Vaccination in Bombay 1889-1901 - 1889-1901
Year: 1889
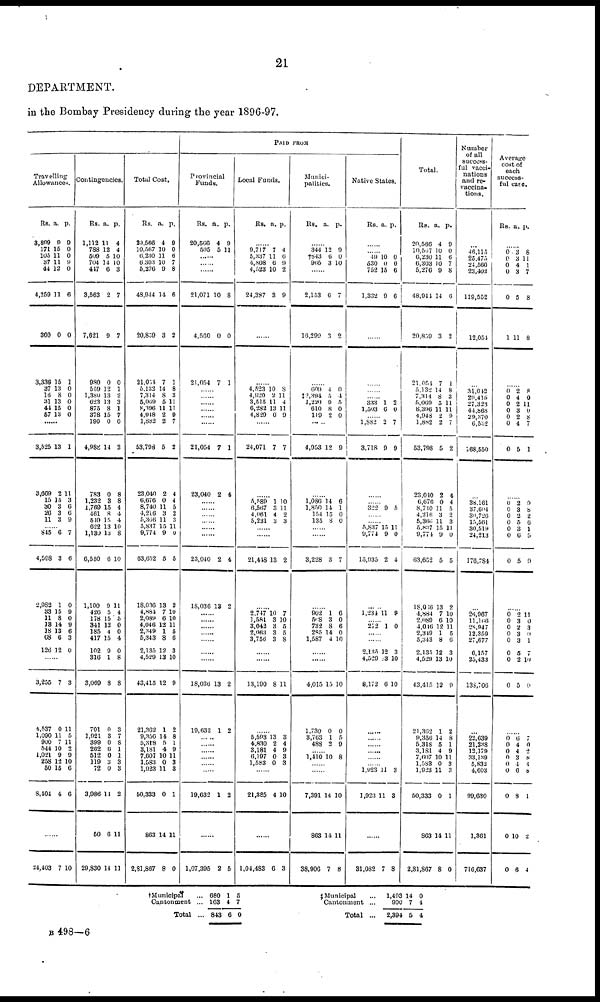
21
DEPARTMENT.
in the Bombay Presidency during the year 1896-97.
Travelling
Allowances.
Rs.
3,899
171
105
37
44
4,259
360
3,336
37
16
31
44
57
a.
9
15
11
11
12
11
0
15
13
8
13
15
13
p.
9
0
0
9
0
6
0
1
0
0
0
0
0
......
3,525
3,669
15
30
26
11
13
2
15
3
3
3
1
11
3
6
6
9
...... 845
4,598
2,982
33
11
13
18
68
126
6
3
1
15
8
14
13
6
12
7
6
0
9
0
9
6
3
0
......
3,255
4,537
1,090
900
544
1,021
253
50
8,404
7
0
11
7
10
9
12
15
4
3
11
5
11
2
9
10
6
6
......
24,403
7 10
Contingencies.
Rs.
1,112
788
509
704
447
3,563
7,621
980
659
1,380
623
875
378
190
4,988
783
1,232
1,769
461
549
622
1,130
6,550
1,100
426
178
341
185
417
102
316
3,069
701
1,921
399
262
512
119
72
3,986
50
29,830
a.
11
12
5
14
6
2
9
0
12
13
13
8
15
0
14
0
3
15
8
15
13
13
6
9
5
15
12
4
15
9
1
8
0
3
0
6
0
3
0
11
6
14
p.
4
4
10
10
3
7
7
0
1
2
3
1
7
0
2
8
8
4
4
4
10
8
10
11
4
5
0
0
4
0
8
8
3
7
8
1
1
3
3
2
11
11
Total Cost.
Rs.
20,566
10,567
6,230
6,303
5,276
48,944
20,859
21,054
5,132
7,314
5,069
8,306
4,948
1,832
53,798
23,040
6,676
8,740
4,216
5,366
5,837
9,774
63,652
18,036
4,884
2,089
4,046
2,349
5,343
2,135
4,529
43,415
21,362
9,356
5,318
3,181
7,607
1,583
1,923
50,333
863
2,81,867
a.
4
10
11
10
9
14
3
7
14
8
5
11
2
2
5
2
0
11
3
11
15
9
5
13
7
6
12
1
8
12
13
12
1
14
5
4
10
0
11
0
14
8
p.
9
0
6
7
8
6
2
1
8
3
11
11
9
7
2
4
4
5
2
3
11
0
5
2
10
10
11
5
6
3
10
9
2
8
1
9
11
3
3
1
11
0
PAID FROM
Provincial
Funds.
Rs.
20,566
505
a.
4
5
p.
9
11
......
......
......
21,071
4,560
21,054
10
0
7
8
0
1
......
......
......
......
......
......
21,054
23,040
7
2
1
4
......
......
......
......
......
......
23,040
18,036
2
13
4
2
......
......
......
......
......
......
......
18,036
19,632
13
1
2
2
......
......
......
......
......
......
19,632 1 2
......
1,07,395 2 5
Local Funds.
Rs. a. p.
......
9,717
5,337
4,808
4,523
24,387
7
11
6
10
3
4
6
9
2
9
......
......
4,523
4,920
3,515
6,283
4,829
10
2
11
13
0
8
11
4
11
9
......
24,071 7 7
......
5,589
6,567
4,061
5,231
1
3
4
3
10
11
2
3
......
......
21,448 13 2
......
2,747
1,581
3,042
2,063
3,756
10
3
3
3
3
7
0
5
5 8
......
......
13,190 8 11
......
5,593
4,830
3,181
6,197
1,583
13
2
4
0
0
3
4
9
3
3
......
21,385 4 10
......
1,04,483 6 3
Munici-
palities.
Rs.
a.
p.
......
344
†843
965
12
6
3
9
0
10
......
2,153
16,299
6
3
7
2
......
609
‡2,394
1,220
610
119
4
5
9
8
2
0
4
5
0
0
......
4,953 12 9
......
1,086
1,850
154
135
14
14
15
8
6
1
0
0
......
......
3,228 3 7
......
902
508
732
285
1,587
1
3
8
14
4
6
0
6
0
10
......
......
4,015
1,730
3,763
488
15
0
1
2
10
0
5
9
...... 1,410 10 8
......
......
7,391
863
38,906
14
14
7
10
11
8
Native States.
Rs. a. p.
49
530
752
1,332
10
0
15
9
0
0
6
6
......
......
......
......
333
1,503
1
6
2
0
...... 1,882
3,718
2
9
7
9
... ...
322 9 5
......
......
5,837
9,774
15,935
15
9
2
11
0
4
......
1,334 11 9
272 1 0
......
2,135
4,529
8,172
12
13
6
3
10
10
......
......
...... ......
1,923
1,923
11
11
3
3
......
31,032 7 8
Total.
Rs.
20,566
10,567
6,230
6,303
5,276
48,944
20,859
21,054
5,132
7,314
5,069
8,396
4,943
1,882
53,798
23,010
6,676
8,740
4,216
5,366
5,837
9,774
63,652
18,066
4,884
2,089
4,016
2,319
5,343
2,135
4,529
43,415
21,362
9,356
5,318
3,181
7,607
1,583
1,923
50,333
863
2,81 ,867
a.
4
10
11
10
9
14
3
7
14
8
5
11
2
2
5
2
0
11
3
11
15
9
5
13
7
6
12
1
8
12
13
12
1
14
5
4
10
0
11
0
14
8
p.
9
0
6
7
8
6
2
1
8
3
11
11
9
7
2
4
4
0
2
3
11
0
5
2
10
10
11
5
6
3
10
9
2
8
1
9
11
3
3
1
11
0
Number
of all
success-
ful vacci-
nations
and re-
vaccina-
tions.
...
46,115
25,475
24,560
23,402
119,552
12,054
...
31,042
29,415
27,323
44,868
29,370
6,532
168,550
...
38,161
37,604
30,726
15,561
30,519
24,213
176,784
...
26,967
11,166
28,947
12,359
27,677
6,157
25,433
138,706
...
22,639
21,238
12,179
33,139
5,832
4,603
99,630
1,361
716,637
Average
cost of
each
success-
ful case.
Rs. a. p.
......
0
0
0
0
0
1
3
3
4
3
5
11
8
11
1
7
8
8
......
0
0
0
0
0
0
0
2
4
2
3
2
4
5
8
0
11
0
8
7
1
......
0
0
0
0
0
0
0
2
3
2
5
3
6
5
9
8
2
6
1
5
9
......
0
0
0
0
0
0
0
0
2
3
2
3
3
5
2
5
11
0
3
0 1
7
10
0
......
0
0
0
0
0
0
0
0
0
6
4
4
3
4
6
8
10
6
7
0
2
8
4
8
1
2
4
† Municipal ...
Cantonment
...
Total
...
680
163
843
1
4
6
5
7
0
‡ Municipal ...
Cantonment ...
Total
...
1,493
900
2,394
14
7
5
0
4
4
B 498—6